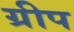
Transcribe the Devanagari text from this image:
ग्रीप